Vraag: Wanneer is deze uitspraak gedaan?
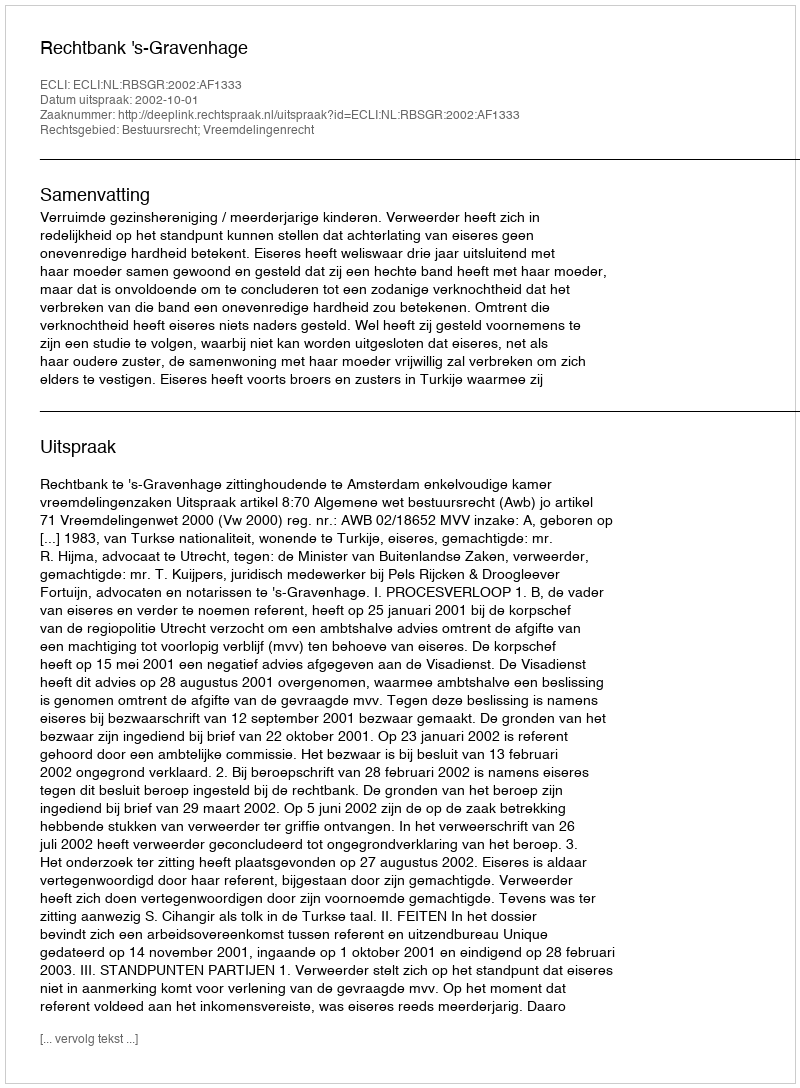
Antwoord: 2002-10-01